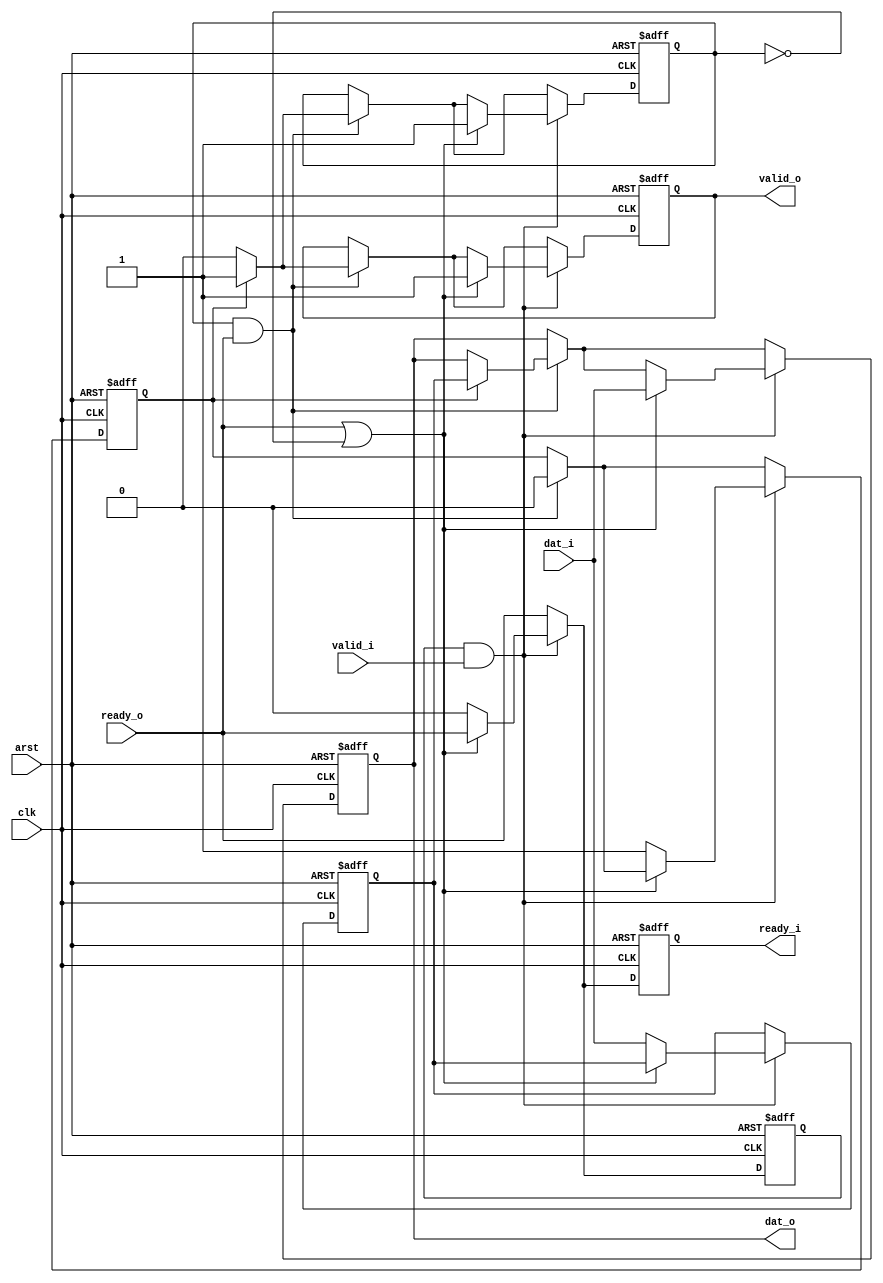
module ready_skid #(
	parameter WIDTH = 16
)
(
	input clk,arst,
	
	input valid_i,
	input [WIDTH-1:0] dat_i,
	output reg ready_i,
	
	output reg valid_o,
	output reg [WIDTH-1:0] dat_o,
	input ready_o	
);

reg [WIDTH-1:0] backup_storage;
reg backup_valid;

// duplicate control registers to mitigate
// high fanout loading.
reg internal_valid_o /* synthesis preserve */;
reg internal_ready_i /* synthesis preserve */;

// simulation only sanity check
always @(posedge clk) begin
	if ((ready_i != internal_ready_i) || 
		(valid_o != internal_valid_o)) begin
		$display ("Error: Duplicate internal regs out of sync");	
	end
end

always @(posedge clk or posedge arst) begin
	if (arst) begin
		ready_i <= 1'b0;
		internal_ready_i <= 1'b0;
		valid_o <= 1'b0;
		internal_valid_o <= 1'b0;
		dat_o <= 0;
		backup_storage <= 0;
		backup_valid <= 1'b0;
	end
	else begin
		ready_i <= ready_o;
		internal_ready_i <= ready_o;
		
		if (internal_valid_o & ready_o) begin
			// main data is leaving to the sink
			if (backup_valid) begin
				// dump the backup word to main storage
				backup_valid <= 1'b0;
				dat_o <= backup_storage;
				valid_o <= 1'b1;	
				internal_valid_o <= 1'b1;	
				if (ready_i && valid_i) begin
					$display ("ERROR: data lost in skid buffer");
				end
			end
			else begin
				// if not overwritten below, you are done.
				valid_o <= 1'b0;
				internal_valid_o <= 1'b0;
			end
		end
		
		if (internal_ready_i && valid_i) begin
			// must accept data from source
			if (ready_o || !internal_valid_o) begin
				// accept to main registers
				valid_o <= 1'b1;
				internal_valid_o <= 1'b1;
				dat_o <= dat_i;
			end
			else begin
				// accept to backup storage
				backup_valid <= 1'b1;
				backup_storage <= dat_i;
				ready_i <= 1'b0; // stop stop!
				internal_ready_i <= 1'b0;
			end
		end			
	end
end

endmodule